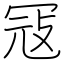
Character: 冦